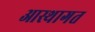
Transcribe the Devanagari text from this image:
आस्थागत